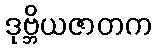
ဒုဗ္ဘိယဇာတက